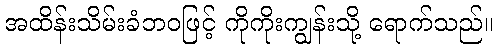
အထိန်းသိမ်းခံဘဝဖြင့် ကိုကိုးကျွန်းသို့ ရောက်သည်။